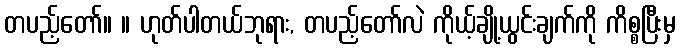
တပည့်တော်။ ။ ဟုတ်ပါတယ်ဘုရား, တပည့်တော်လဲ ကိုယ့်ချို့ယွင်းချက်ကို ကိစ္စပြီးမှ